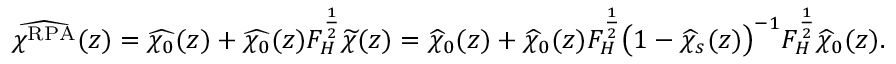
\begin{array} { r } { \widehat { \chi ^ { \mathrm { R P A } } } ( z ) = \widehat { \chi _ { 0 } } ( z ) + \widehat { \chi _ { 0 } } ( z ) F _ { H } ^ { \frac 1 2 } \widetilde { \chi } ( z ) = \widehat { \chi } _ { 0 } ( z ) + \widehat { \chi } _ { 0 } ( z ) F _ { H } ^ { \frac 1 2 } \bigr ( 1 - \widehat { \chi } _ { s } ( z ) \bigr ) ^ { - 1 } F _ { H } ^ { \frac 1 2 } \widehat { \chi } _ { 0 } ( z ) . } \end{array}